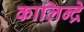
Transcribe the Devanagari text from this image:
कालिन्द्रे